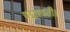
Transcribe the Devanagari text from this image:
पद्मावती।